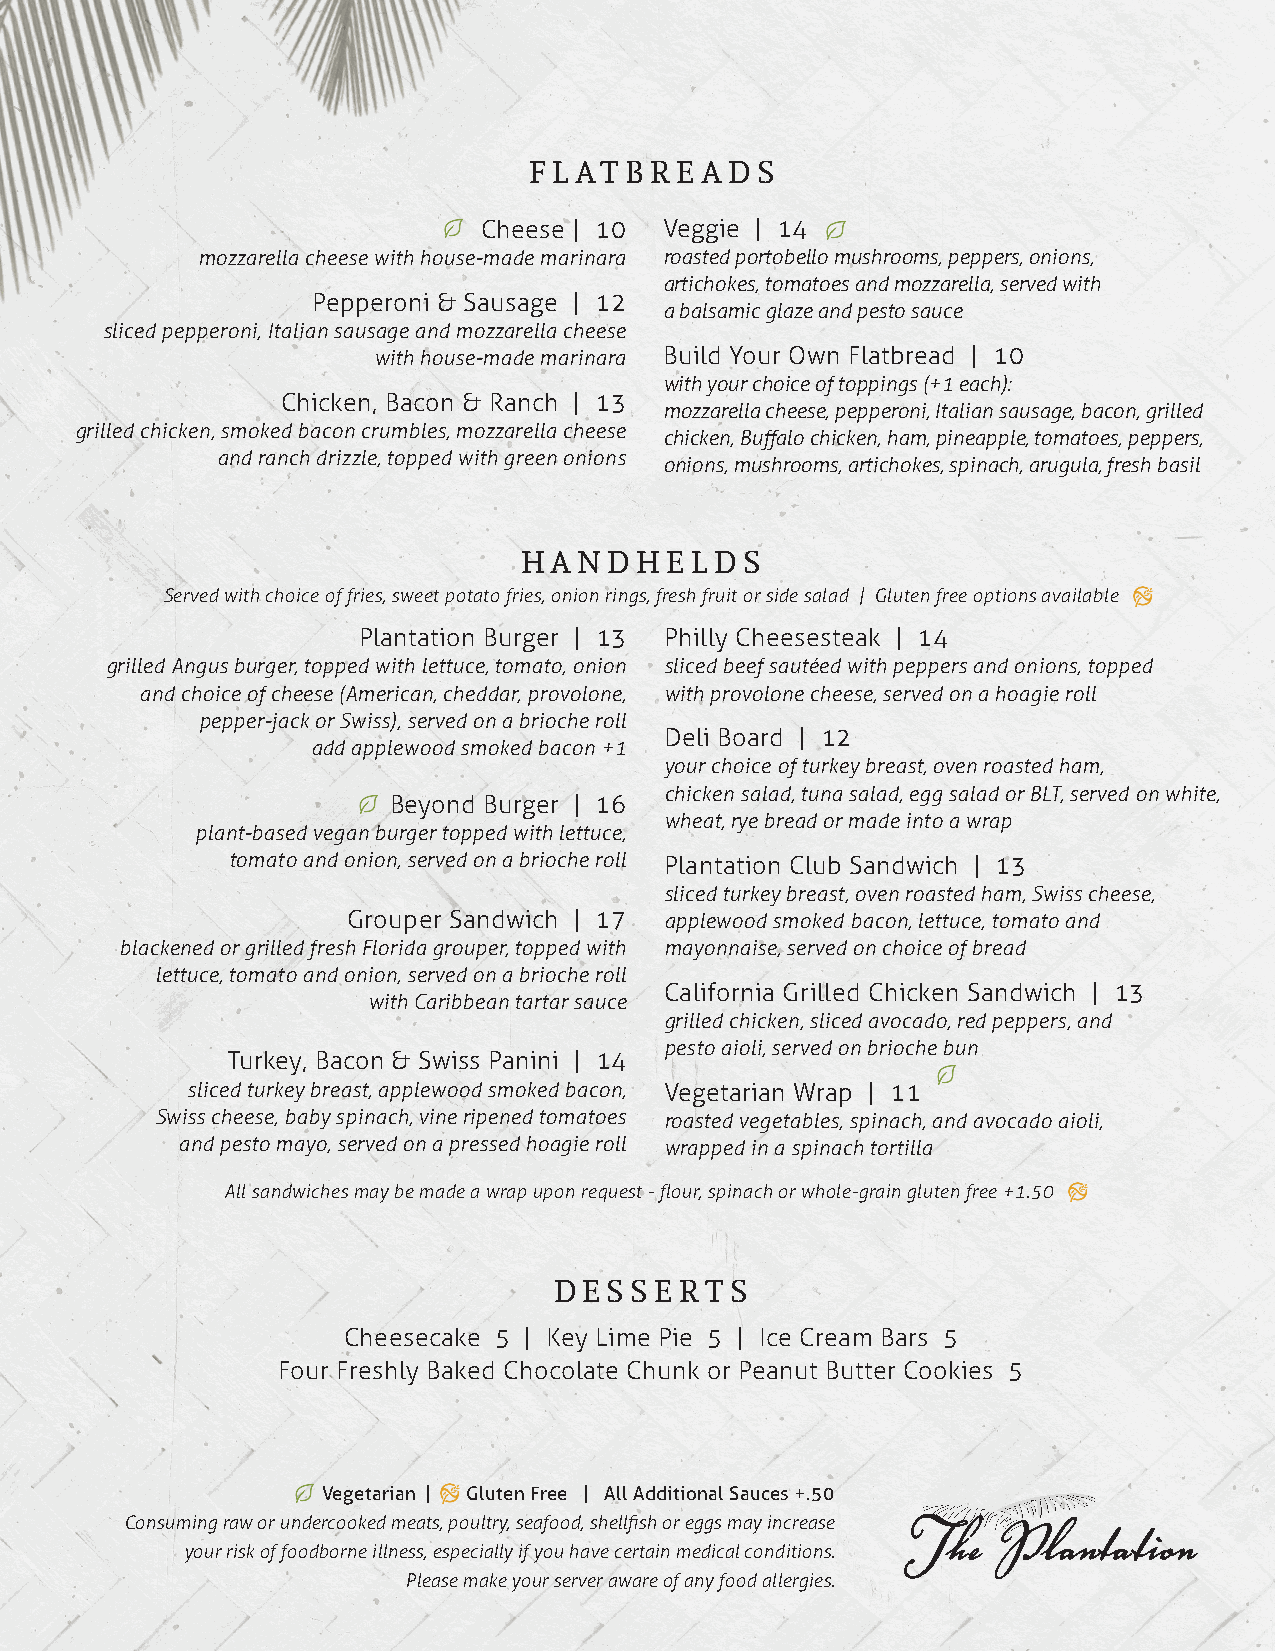
FLATBREADS
 Cheese | 10 Veggie | 14
 mozzarella cheese with house-made marinara roasted portobello mushrooms, peppers, onions,
 artichokes, tomatoes and mozzarella, served with
 Pepperoni & Sausage | 12
 a balsamic glaze and pesto sauce
 sliced pepperoni, Italian sausage and mozzarella cheese
 with house-made marinara Build Your Own Flatbread | 10
 with your choice of toppings (+1 each):
 Chicken, Bacon & Ranch | 13
 mozzarella cheese, pepperoni, Italian sausage, bacon, grilled
 grilled chicken, smoked bacon crumbles, mozzarella cheese
 chicken, Buffalo chicken, ham, pineapple, tomatoes, peppers,
 and ranch drizzle, topped with green onions
 onions, mushrooms, artichokes, spinach, arugula, fresh basil
 HANDHELDS
 Served with choice of fries, sweet potato fries, onion rings, fresh fruit or side salad | Gluten free options available
 Plantation Burger | 13 Philly Cheesesteak | 14
 grilled Angus burger, topped with lettuce, tomato, onion sliced beef sautéed with peppers and onions, topped
 and choice of cheese (American, cheddar, provolone, with provolone cheese, served on a hoagie roll
 pepper-jack or Swiss), served on a brioche roll
 Deli Board | 12
 add applewood smoked bacon +1
 your choice of turkey breast, oven roasted ham,
 chicken salad, tuna salad, egg salad or BLT, served on white,
 Beyond Burger | 16
 wheat, rye bread or made into a wrap
 plant-based vegan burger topped with lettuce,
 tomato and onion, served on a brioche roll Plantation Club Sandwich | 13
 sliced turkey breast, oven roasted ham, Swiss cheese,
 Grouper Sandwich | 17 applewood smoked bacon, lettuce, tomato and
 blackened or grilled fresh Florida grouper, topped with mayonnaise, served on choice of bread
 lettuce, tomato and onion, served on a brioche roll
 California Grilled Chicken Sandwich | 13
 with Caribbean tartar sauce
 grilled chicken, sliced avocado, red peppers, and
 pesto aioli, served on brioche bun
 Turkey, Bacon & Swiss Panini | 14
 sliced turkey breast, applewood smoked bacon, Vegetarian Wrap | 11
 Swiss cheese, baby spinach, vine ripened tomatoes roasted vegetables, spinach, and avocado aioli,
 and pesto mayo, served on a pressed hoagie roll wrapped in a spinach tortilla
 All sandwiches may be made a wrap upon request - flour, spinach or whole-grain gluten free +1.50
 DESSERTS
 Cheesecake 5 | Key Lime Pie 5 | Ice Cream Bars 5
 Four Freshly Baked Chocolate Chunk or Peanut Butter Cookies 5
 Vegetarian | Gluten Free | All Additional Sauces +.50
 Consuming raw or undercooked meats, poultry, seafood, shellfish or eggs may increase
 your risk of foodborne illness, especially if you have certain medical conditions.
 Please make your server aware of any food allergies.